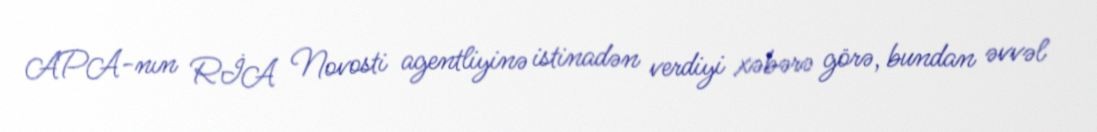
APA-nın RİA Novosti agentliyinə istinadən verdiyi xəbərə görə, bundan əvvəl